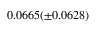
0 . 0 6 6 5 ( \pm 0 . 0 6 2 8 )